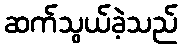
ဆက်သွယ်ခဲ့သည်